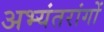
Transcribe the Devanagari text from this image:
अभ्यंतरांगों